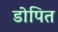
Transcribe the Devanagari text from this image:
डोपित